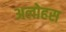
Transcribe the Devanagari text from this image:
अलोहस